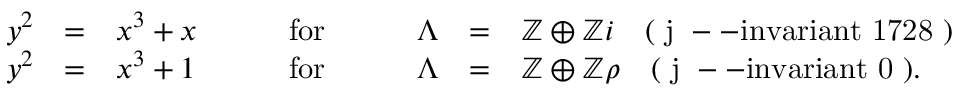
\begin{array} { c c l c c c l } { y ^ { 2 } } & { = } & { x ^ { 3 } + x } & { \qquad \mathrm { f o r } \qquad } & { \Lambda } & { = } & { \mathbb { Z } \oplus \mathbb { Z } i \quad \mathrm { ( ~ j ~ -- i n v a r i a n t ~ 1 7 2 8 ~ ) } } \\ { y ^ { 2 } } & { = } & { x ^ { 3 } + 1 } & { \qquad \mathrm { f o r } \qquad } & { \Lambda } & { = } & { \mathbb { Z } \oplus \mathbb { Z } \rho \quad \mathrm { ( ~ j ~ -- i n v a r i a n t ~ 0 ~ ) . } } \end{array}